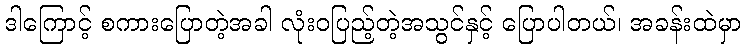
ဒါကြောင့် စကားပြောတဲ့အခါ လုံးဝပြည့်တဲ့အသွင်နှင့် ပြောပါတယ်၊ အခန်းထဲမှာ